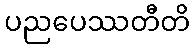
ပညပေဿတီတိ